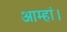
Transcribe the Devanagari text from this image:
आम्हां।